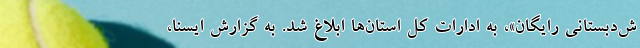
ش‌دبستانی رایگان»، به ادارات کل استان‌ها ابلاغ شد. به گزارش ایسنا،